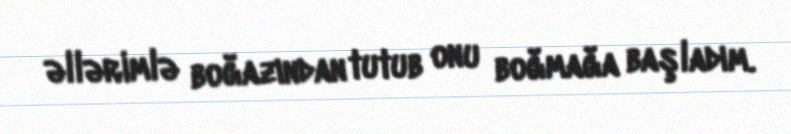
əllərimlə boğazından tutub onu boğmağa başladım.